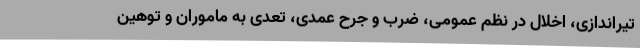
تیراندازی، اخلال در نظم عمومی، ضرب و جرح عمدی، تعدی به ماموران و توهین